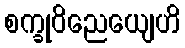
စက္ခုဝိညေယျေဟိ